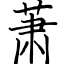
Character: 萧